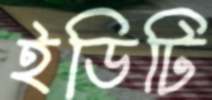
ইডিটি